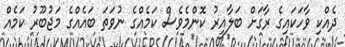
ދެއްކި ވާހަކައިގެ ރާގަށް ބަލާއިރު ކޮންމެވެސް ކަމެއްގެ ނުވަތަ ބައެއްގެ މަޖުބޫރު ކަމެއް